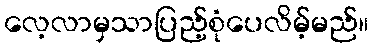
လေ့လာမှသာပြည့်စုံပေလိမ့်မည်။